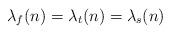
LaTeX: \begin{align*} \lambda_{f}(n) = \lambda_t(n) = \lambda_s(n)\end{align*}